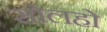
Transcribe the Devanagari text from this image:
सोलहो